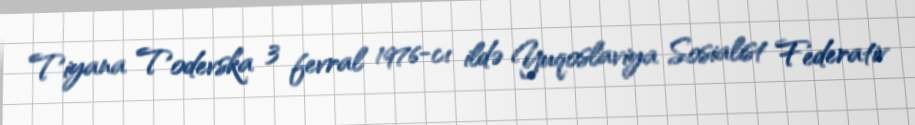
Tiyana Todevska 3 fevral 1976-cı ildə Yuqoslaviya Sosialist Federativ